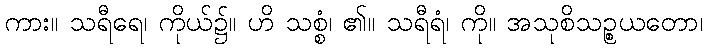
ကား။ သရီရေ၊ ကိုယ်၌။ ဟိ သစ္စံ၊ ၏။ သရီရံ၊ ကို။ အသုစိသဉ္စယတော၊